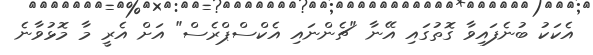
އެކަކު ބުނެފައިވާ ގޮތުގައި އޭނާ "ޗެންނައި އެކްސްޕްރެސް" އަށް އެރީ މާ މޮޅުވާނެ